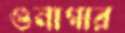
গুনাগার